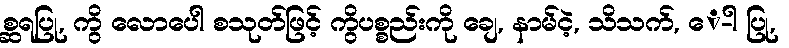
စ္ဆရပြု, ကွိ လောပေါ စသုတ်ဖြင့် ကွိပစ္စည်းကို ချေ, နာမ်ငဲ့, သိသက်, ေ-ါ ပြု,